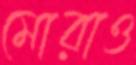
মোরাও